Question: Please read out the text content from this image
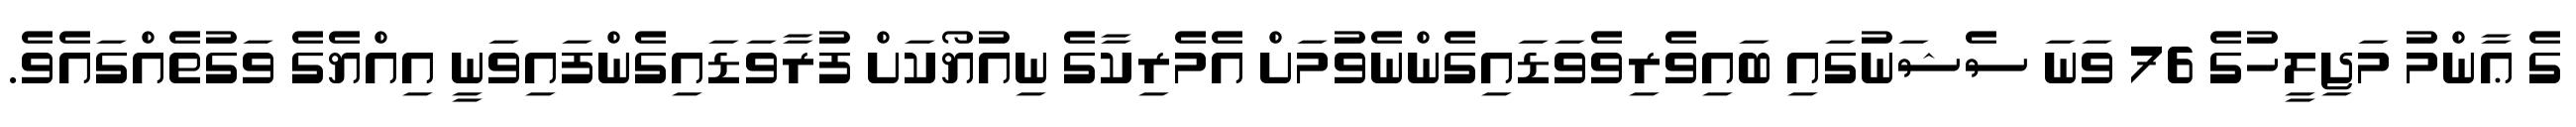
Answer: ގެ ޢާންމު މަޖިލީހުގެ 76 ވަނަ ސެޝަނުގައި ބައިވެރިވެވަޑައިގެންނެވުމަށް އެމެރިކާގެ ނިއުޔޯކަށް ފުރާވަޑައިގެންފައިވަނީ އިއްޔެގެ ވަގުތެއްގައެވެ.